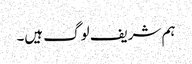
ہم شریف لوگ ہیں۔